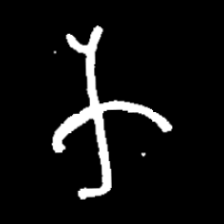
Pyu character \u2014 Myanmar letter: က (romanized: ka)